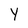
Character: Y